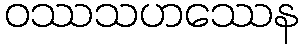
ဝဿသဟဿေန